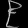
Digit: ၉